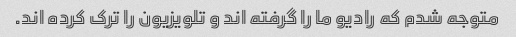
متوجه شدم که رادیو ما را گرفته اند و تلویزیون را ترک کرده اند.